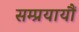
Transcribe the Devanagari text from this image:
सम्प्रयायौं